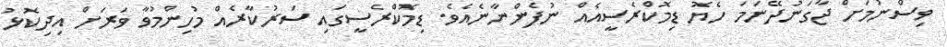
ވިސްނުމަށް ޖާގަނުދޭނަމަ ހެޔޮ ޑިމޮކްރެސީއެއް ނުފެންނާނެއެވެ. ޑިމޮކްރެސީގައި ސަރުކާރެއް މުހިންމުވާ ވަރަށް އިދިކޮޅު